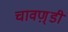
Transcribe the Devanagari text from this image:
चावण़्डी